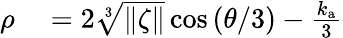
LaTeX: \begin{array}{rl}{\rho}&{{}=2\sqrt[3]{\| \zeta\| }\cos{\left(\theta/3\right)}-\frac{k_{\mathrm{a}}}{3}}\end{array}